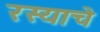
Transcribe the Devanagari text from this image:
रस्याचे